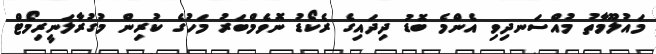
މައުލޫމާތު މުއްސަނދިވި އެންމެ ބޮޑު ދިދައިގެ ރެކޯޑު ނޮވެމްބަރު މަހުގެ ކުރިން މުގުރާލަަނީރިމޯޓް